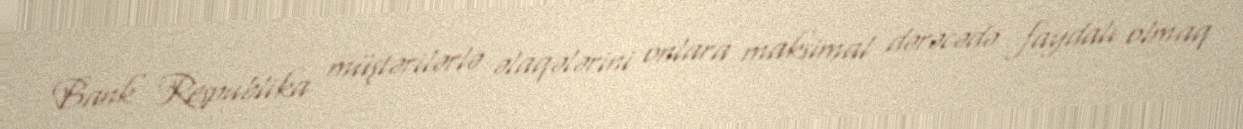
Bank Respublika müştərilərlə əlaqələrini onlara maksimal dərəcədə faydalı olmaq